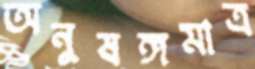
অনুষঙ্গমাত্র